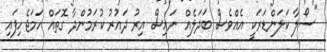
"ސޯލާ ކަލަންޑަރަކީ އެއްވެސް ބަދަލެއް ނައިސް އިރު ދައުރު ކުރަމުންދާ ގޮތައް ހަމަޖެހިފައި